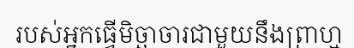
របស់អ្នកធ្វើមិច្ឆាចារជាមួយនឹងព្រាហ្ម